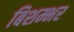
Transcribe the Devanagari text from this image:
बिशम्भर